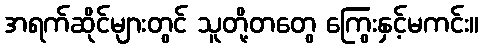
အရက်ဆိုင်များတွင် သူတို့တတွေ ကြွေးနှင့်မကင်း။